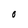
Character: O